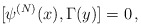
\begin{align*}[\psi^{(N)}(x), \Gamma(y)] =0\,,\end{align*}